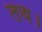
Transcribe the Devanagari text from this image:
तथ।